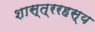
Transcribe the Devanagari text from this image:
शास्त्ररहस्य